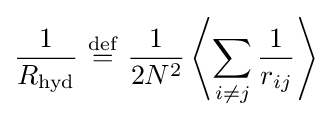
{\frac {1}{R_{\rm {hyd}}}}\ {\stackrel {\mathrm {def} }{=}}\ {\frac {1}{2N^{2}}}\left\langle \sum _{i\neq j}{\frac {1}{r_{ij}}}\right\rangle